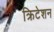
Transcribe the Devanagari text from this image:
क्रिटेशन